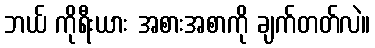
ဘယ် ကိုရီးယား အစားအစာကို ချက်တတ်လဲ။